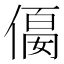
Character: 𠍛